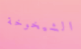
الشيخوخة